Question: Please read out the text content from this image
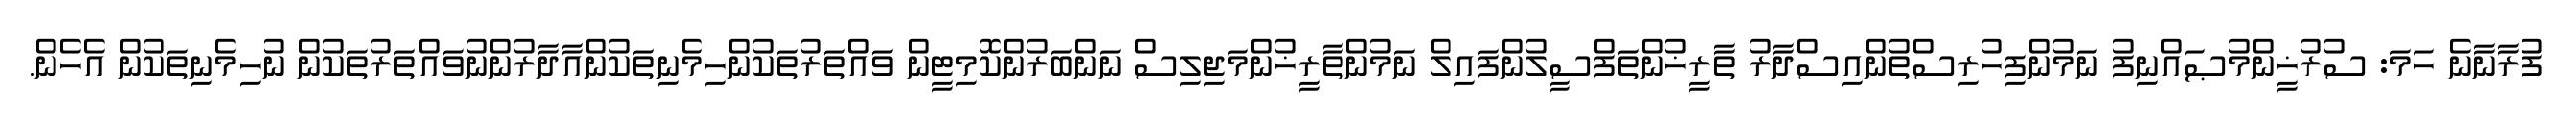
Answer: ފުރާނާނެ ހަމަ: ސުރުޚީންމުޞައްނިފު ނަމުންފިހުރިސްތުންއިސްދާރު ތާރީޚުންތަފްސީލުންފައިލް ނަމުންތާރީޚުންމަޖިލިސް ނަންބަރުންކޮމިޓީން ވައްތަރުތަކުންހިމެނިތަކުންއާދާރުންނުވައްތަރުތަކުން ނުހިމެނިތަކުން އެހެން.